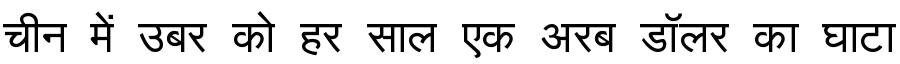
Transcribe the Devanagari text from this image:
चीन में उबर को हर साल एक अरब डॉलर का घाटा